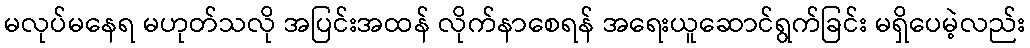
မလုပ်မနေရ မဟုတ်သလို အပြင်းအထန် လိုက်နာစေရန် အရေးယူဆောင်ရွက်ခြင်း မရှိပေမဲ့လည်း